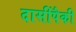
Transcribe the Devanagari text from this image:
दासींपैकी